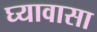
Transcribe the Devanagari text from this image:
घ्यावासा